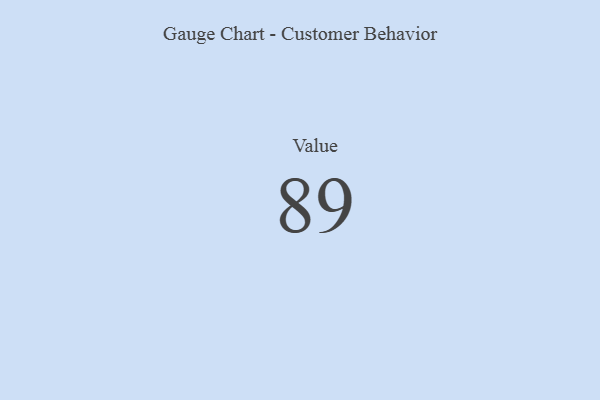
{"axis": {"x": "Metric", "y": "Value"}, "legend": [""], "data": [{"x": "Value", "y": 89, "type": ""}]}